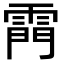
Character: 𮦗